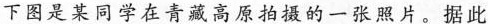
下图是某同学在青藏高原拍摄的一张照片。据此